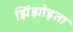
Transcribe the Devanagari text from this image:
झिंझोड़ता